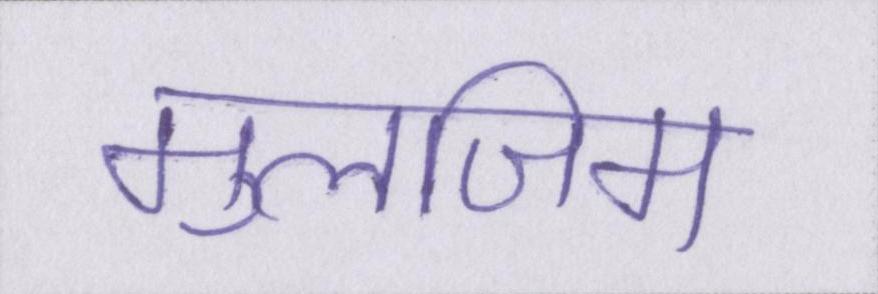
मुलजिम